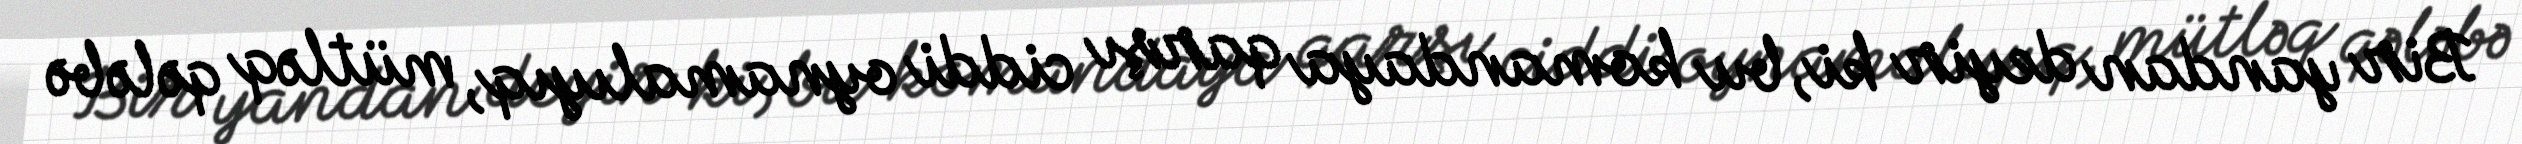
Bir yandan deyir ki, bu komandaya qarşı ciddi oynamalıyıq, mütləq qələbə